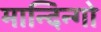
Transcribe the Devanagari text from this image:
मान्दिन्गो